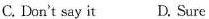
C. Don't say it D. Sure